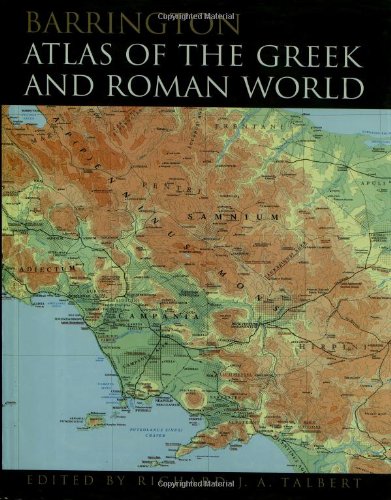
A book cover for Barrington Atlas of the Greek and Roman World; History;